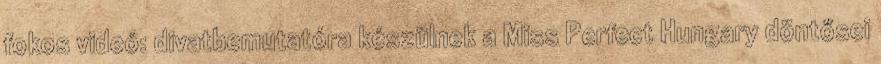
fokos videó: divatbemutatóra készülnek a Miss Perfect Hungary döntősei